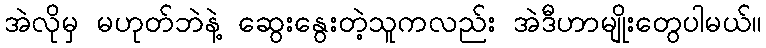
အဲလိုမှ မဟုတ်ဘဲနဲ့ ဆွေးနွေးတဲ့သူကလည်း အဲဒီဟာမျိုးတွေပါမယ်။